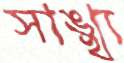
সাঙ্খ্য